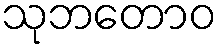
သုဘတောဝ